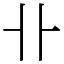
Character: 卝